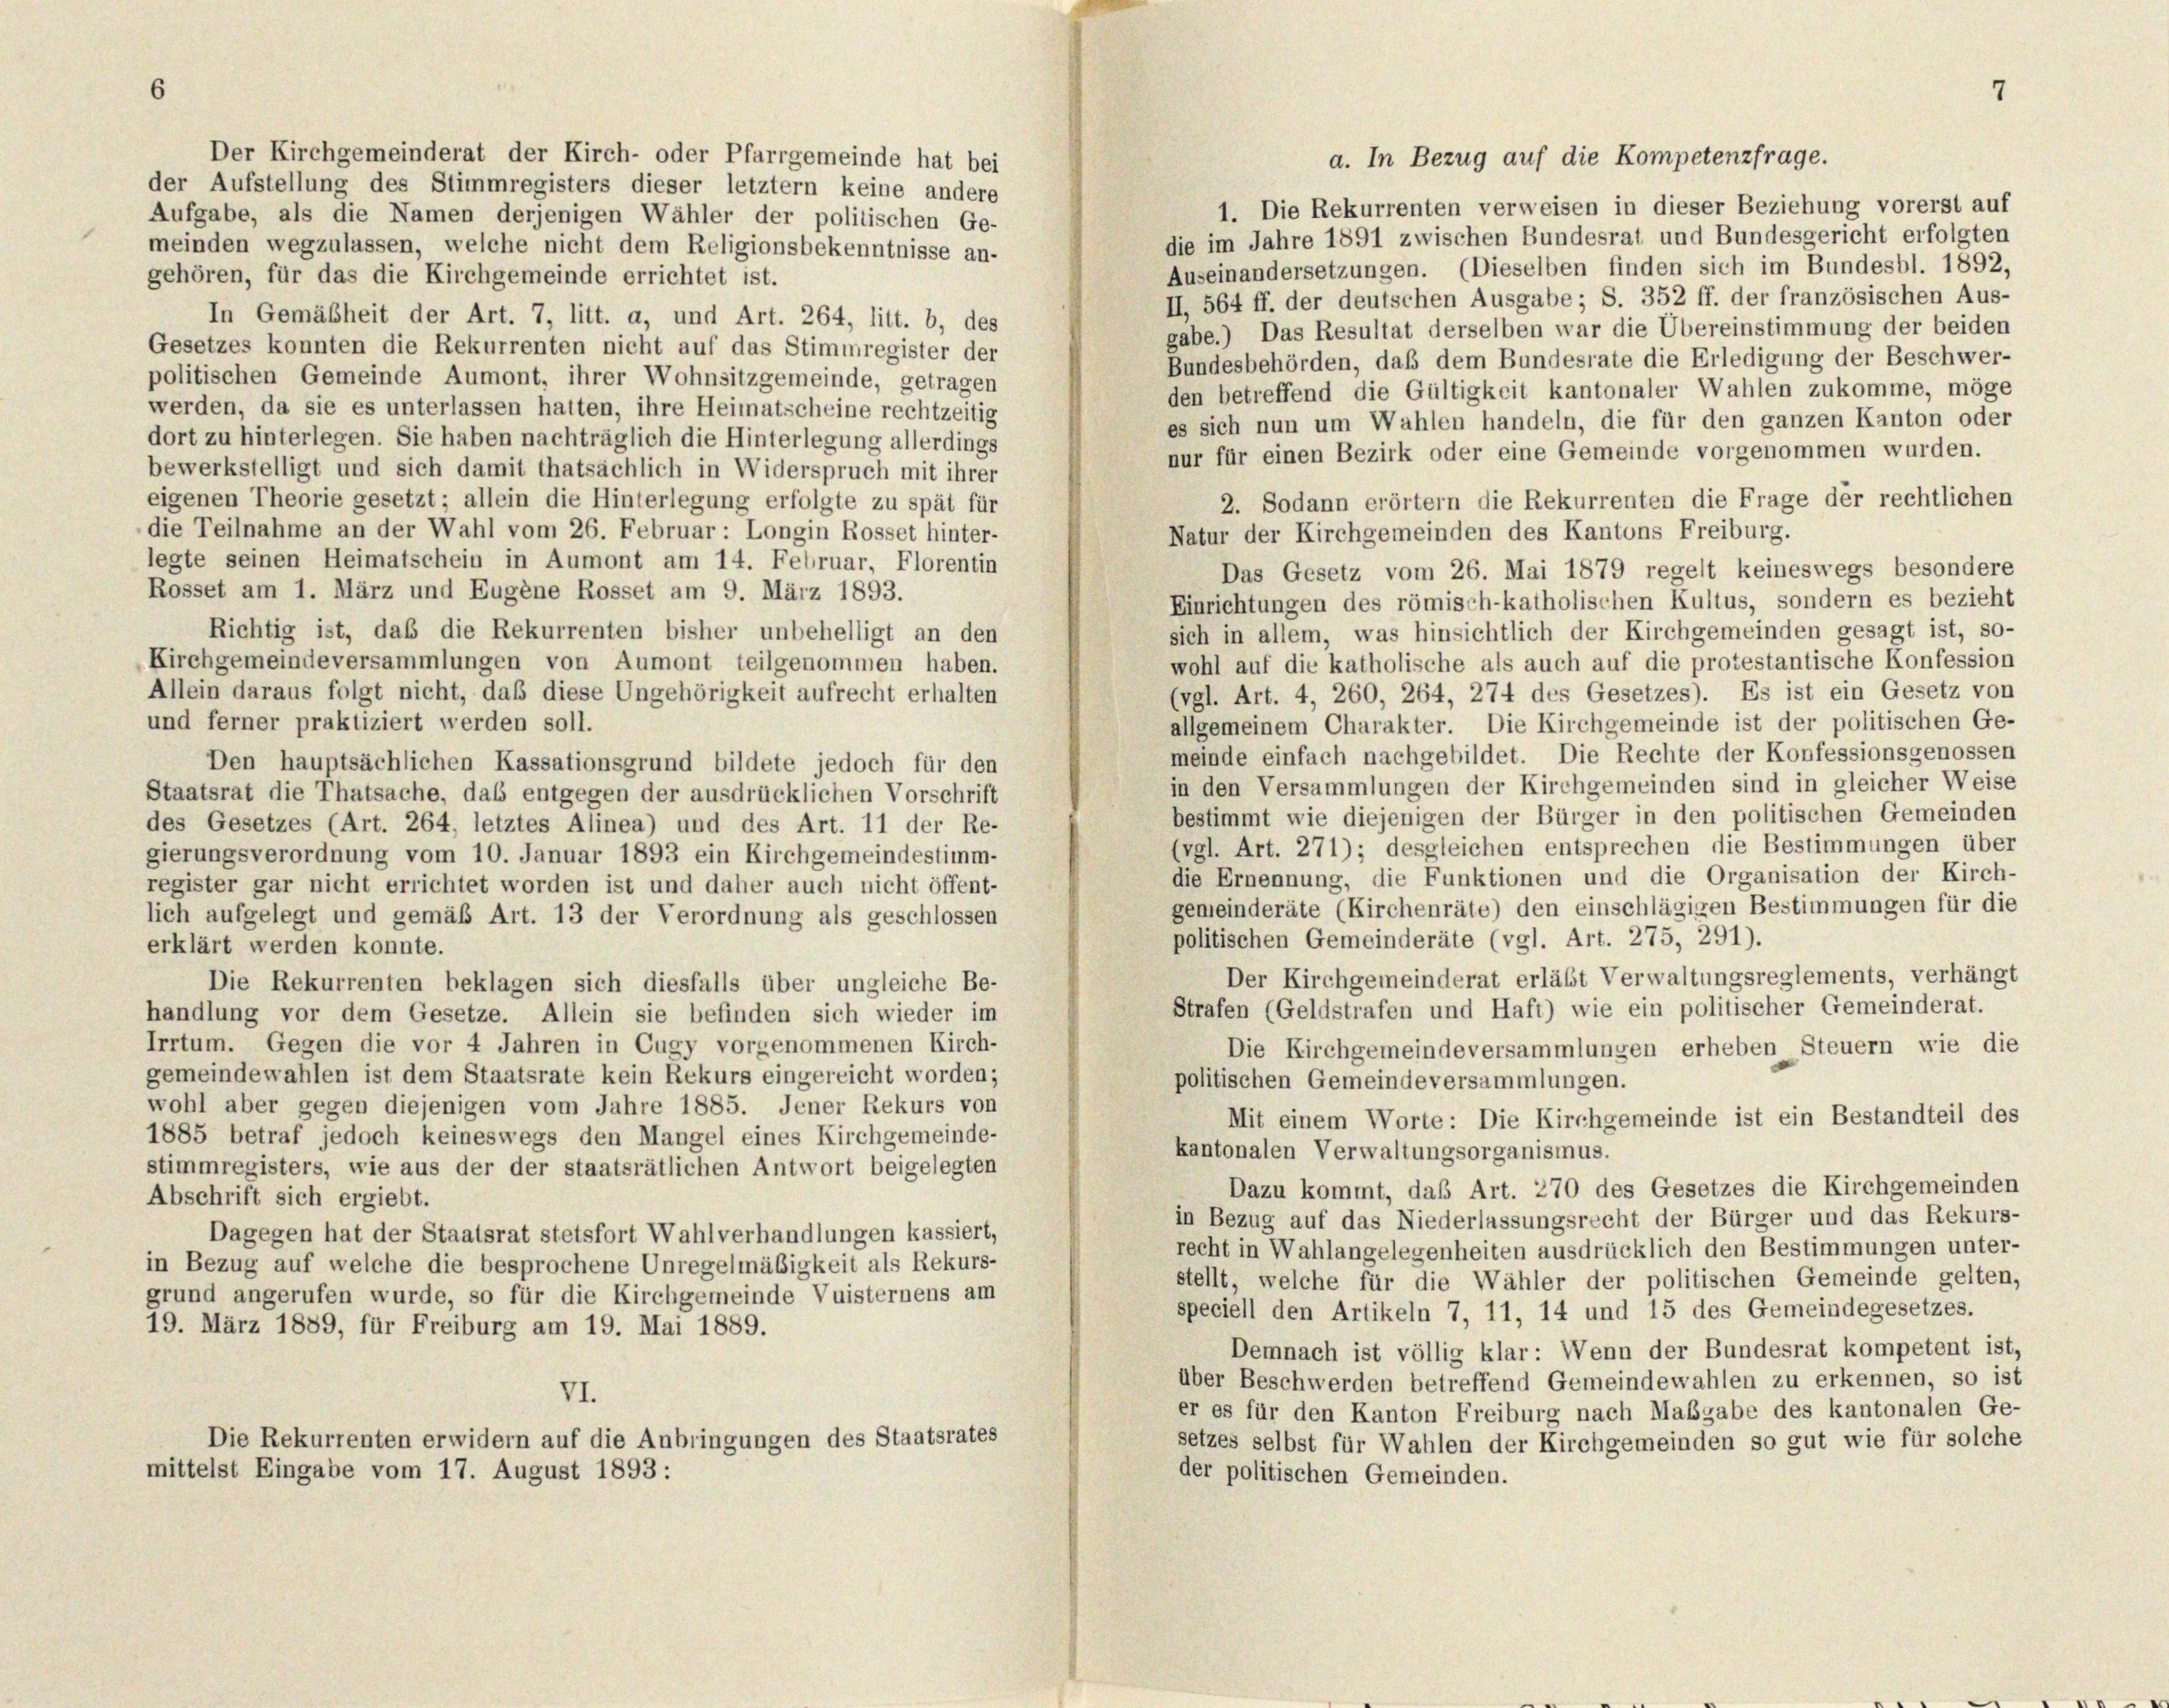
6

Der Kirchgemeinderat der Kirch- oder Pfarrgemeinde hat bei
der Aufstellung des Stimmregisters dieser letztem keine andere
1. Die Rekurrenten verweisen in dieser Beziehung vorerst auf
Aufgabe, als die Namen derjenigen Wähler der politischen Ge-
die im Jahre 1891 zwischen Bundesrat und Bundesgericht erfolgten
meinden wegzulassen, welche nicht dem Religionsbekenntnisse an-
Auseinandersetzungen. (Dieselben finden sich im Bundesbl. 1892,
gehören, für das die Kirchgemeinde errichtet ist.
II, 564 ff. der deutschen Ausgabe; S. 352 ff. der französischen Aus-
In Gemäßheit der Art. 7, litt. a, und Art. 264, litt. b, des
gabe.) Das Resultat derselben war die Übereinstimmung der beiden
Gesetzes konnten die Rekurrenten nicht auf das Stimmregister der
Bundesbehörden, daß dem Bundesrate die Erledigung der Beschwer-
politischen Gemeinde Aumont, ihrer Wohnsitzgemeinde, getragen
den betreffend die Gültigkeit kantonaler Wahlen zukomme, möge
werden, da sie es unterlassen hatten, ihre Heimatscheine rechtzeitig
es sich nun um Wahlen handeln, die für den ganzen Kanton oder
dort zu hinterlegen. Sie haben nachträglich die Hinterlegung allerdings
nur für einen Bezirk oder eine Gemeinde vorgenommen wurden.
bewerkstelligt und sich damit thatsächlich in Widerspruch mit ihrer
eigenen Theorie gesetzt; allein die Hinterlegung erfolgte zu spät für
2. Sodann erörter die Rekurrenten die Frage der rechtlichen
die Teilnahme an der Wahl vom 26. Februar: Longin Rosset hinter-
Natur der Kirchgemeinden des Kantons Freiburg.
legte seinen Heimatschein in Aumont am 14. Februar, Florentin
Das Gesetz vom 26. Mai 1879 regelt keineswegs besondere
Rosset am 1. März und Eugene Rosset am 9. März 1893.
Einrichtungen des römisch-katholischen Kultus, sondern es bezieht
Richtig ist, daß die Rekurrenten bisher unbehelligt an den
sich in allem, was hinsichtlich der Kirchgemeinden gesagt ist, so-
Kirchgemeindeversammlungen von Aumont teilgenommen haben.
wohl auf die katholische als auch auf die protestantische Konfession
Allein daraus folgt nicht, daß diese Ungehörigkeit aufrecht erhalten
(vgl. Art. 4, 260, 264, 274 des Gesetzes). Es ist ein Gesetz von
und ferner praktiziert werden soll.
allgemeinem Charakter. Die Kirchgemeinde ist der politischen Ge-
meinde einfach nachgebildet. Die Rechte der Konfessionsgenossen
Den hauptsächlichen Kassationsgrund bildete jedoch für den
in den Versammlungen der Kirchgemeinden sind in gleicher Weise
Staatsrat die Thatsache, das entgegen der ausdrücklichen Vorschrift
bestimmt wie diejenigen der Bürger in den politischen Gemeinden
des Gesetzes (Art. 264, letztes Alinea) und des Art. 11 der Re-
(vgl. Art. 271); desgleichen entsprechen die Bestimmungen über
gierungsverordnung vom 10. Januar 1893 ein Kirchgemeindestimm-
die Ernennung, die Funktionen und die Organisation der Kirch-
register gar nicht errichtet worden ist und daher auch nicht öffent-
gemeinderäte (Kirchenräte) den einschlägigen Bestimmungen für die
lich aufgelegt und gemäß Art. 13 der Verordnung als geschlossen
politischen Gemeinderäte (vgl. Art. 275, 291).
erklärt werden konnte.
Der Kirchgemeinderat erläßt Verwaltungsreglements, verhängt
Die Rekurrenten beklagen sich diesfalls über ungleiche Be-
Strafen (Geldstrafen und Haft) wie ein politischer Gemeinderat.
handlung vor dem Gesetze. Allein sie befinden sich wieder im
Irrtum. Gegen die vor 4 Jahren in Cugy vorgenommenen Kirch-
Die Kirchgemeindeversammlungen erheben Steuern wie die
gemeindewahlen ist dem Staatsrate kein Rekurs eingereicht worden;
politischen Gemeindeversammlungen.
wohl aber gegen diejenigen vom Jahre 1885. Jener Rekurs von
Mit einem Worte: Die Kirchgemeinde ist ein Bestandteil des
1885 betraf jedoch keineswegs den Mangel eines Kirchgemeinde-
kantonalen Verwaltungsorganismus.
stimmregisters, wie aus der der staatsrätlichen Antwort beigelegten
Dazu kommt, daß Art. 270 des Gesetzes die Kirchgemeinden
Abschrift sich ergiebt.
in Bezug auf das Niederlassungsrecht der Bürger und das Rekurs-
Dagegen hat der Staatsrat stetsfort Wahlverhandlungen kassiert,
recht in Wahlangelegenheiten ausdrücklich den Bestimmungen unter-
in Bezug auf welche die besprochene Unregelmäßigkeit als Rekurs-
stellt, welche für die Wähler der politischen Gemeinde gelten,
grund angerufen wurde, so für die Kirchgemeinde Vuisternens am
speciell den Artikeln 7, 11, 14 und 15 des Gemeindegesetzes.
19. März 1889, für Freiburg am 19. Mai 1889.
Demnach ist völlig klar: Wenn der Bundesrat kompetent ist,
über Beschwerden betreffend Gemeindewahlen zu erkennen, so ist
VI.
er es für den Kanton Freiburg nach Maßgabe des kantonalen Ge-
Die Rekurrenten erwidern auf die Anbringungen des Staatsrates
setzes selbst für Wahlen der Kirchgemeinden so gut wie für solche
mittelst Eingabe vom 17. August 1893 :
der politischen Gemeinden.

a. In Bezug auf die Kompetenzfrage.